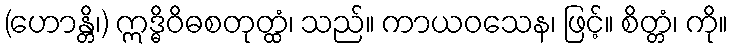
(ဟောန္တိ၊) ဣဒ္ဓိဝိဓစတုတ္ထံ၊ သည်။ ကာယဝသေန၊ ဖြင့်။ စိတ္တံ၊ ကို။